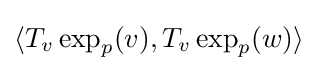
\langle T_{v}\exp _{p}(v),T_{v}\exp _{p}(w)\rangle